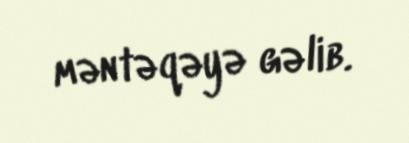
məntəqəyə gəlib.